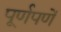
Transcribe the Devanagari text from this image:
पूर्णपणें